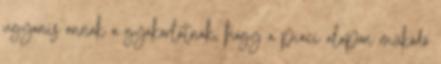
ugyanis annak a gyakorlatnak, hogy a piaci alapon működő